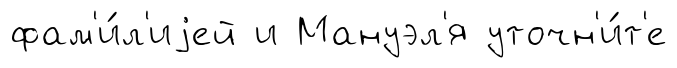
фам'и́л'иjей и Мануэл'я уточн'и́т'е